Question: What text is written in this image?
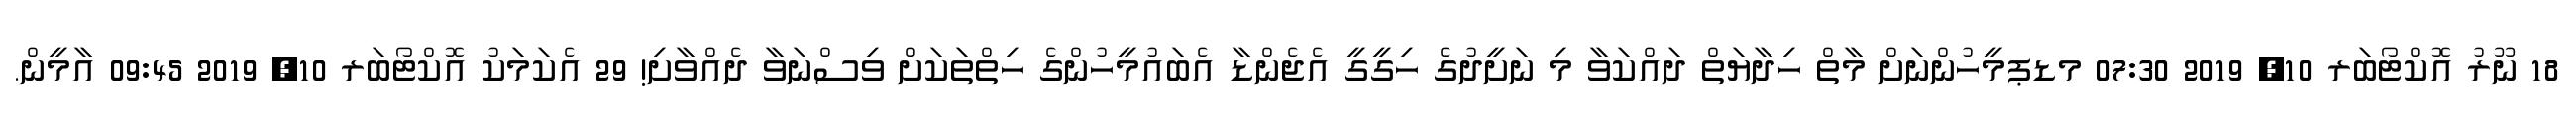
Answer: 18 ނޫރު އޮކްޓޯބަރ 10, 2019 07:30 މޑޕމީހުންނަށް މާތް ހިދާޔަތް ދައްކަވާ މި ނަށީދުގެ ހިގީގީ އެޖެންޑާ އެބައުމީހުންގެ ހިތްތަކަށް ވިސްނަވާ ދެއްވާށި! 29 އެކަމަކު އޮކްޓޯބަރ 10, 2019 09:45 އާމީން.